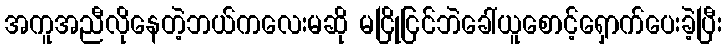
အကူအညီလိုနေတဲ့ဘယ်ကလေးမဆို မငြိုငြင်ဘဲခေါ်ယူစောင့်ရှောက်ပေးခဲ့ပြီး